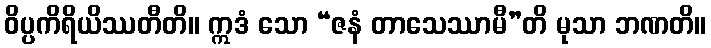
ဝိပ္ပကိရိယိဿတီတိ။ ဣဒံ သော “ဇနံ တာသေဿာမီ”တိ မုသာ ဘဏတိ။